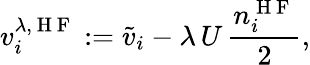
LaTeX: v_{i}^{\lambda,\mathrm{~H~F~}}:=\tilde{v}_{i}-\lambda\, U\, \frac{n_{i}^{\mathrm{~H~F~}}}{2},